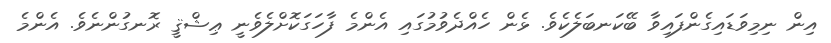
އިން ނިމިވަޑައިގެންފައިވާ ބޭކަނބަލެކެވެ. ޅެން ހެއްދެވުމުގައި އެންމެ ފާހަގަކޮށްލެވެނީ ޢިޝްޤީ ރޮނގުންނެވެ. އެންމެ